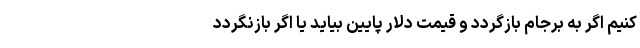
کنیم اگر به برجام بازگردد و قیمت دلار پایین بیاید یا اگر بازنگردد